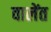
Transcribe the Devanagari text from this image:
वालेंत